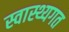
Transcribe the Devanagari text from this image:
स्वास्थ्यगत